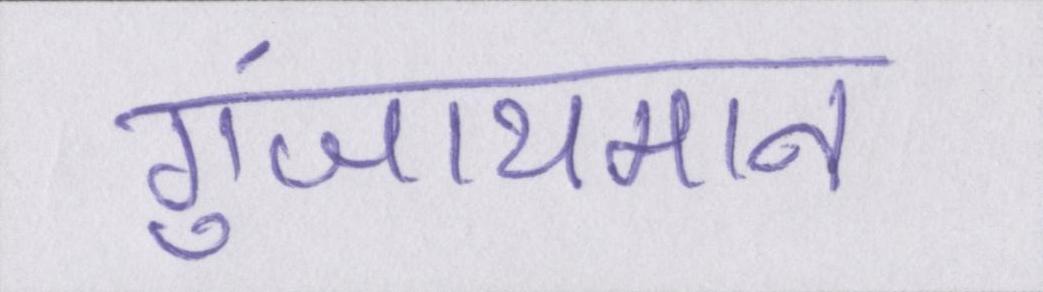
गुंजायमान